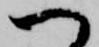
へ